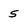
Character: 5